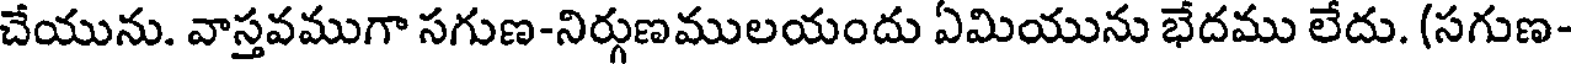
చేయును. వాస్తవముగా సగుణ-నిర్గుణములయందు ఏమియును భేదము లేదు. (సగుణ-